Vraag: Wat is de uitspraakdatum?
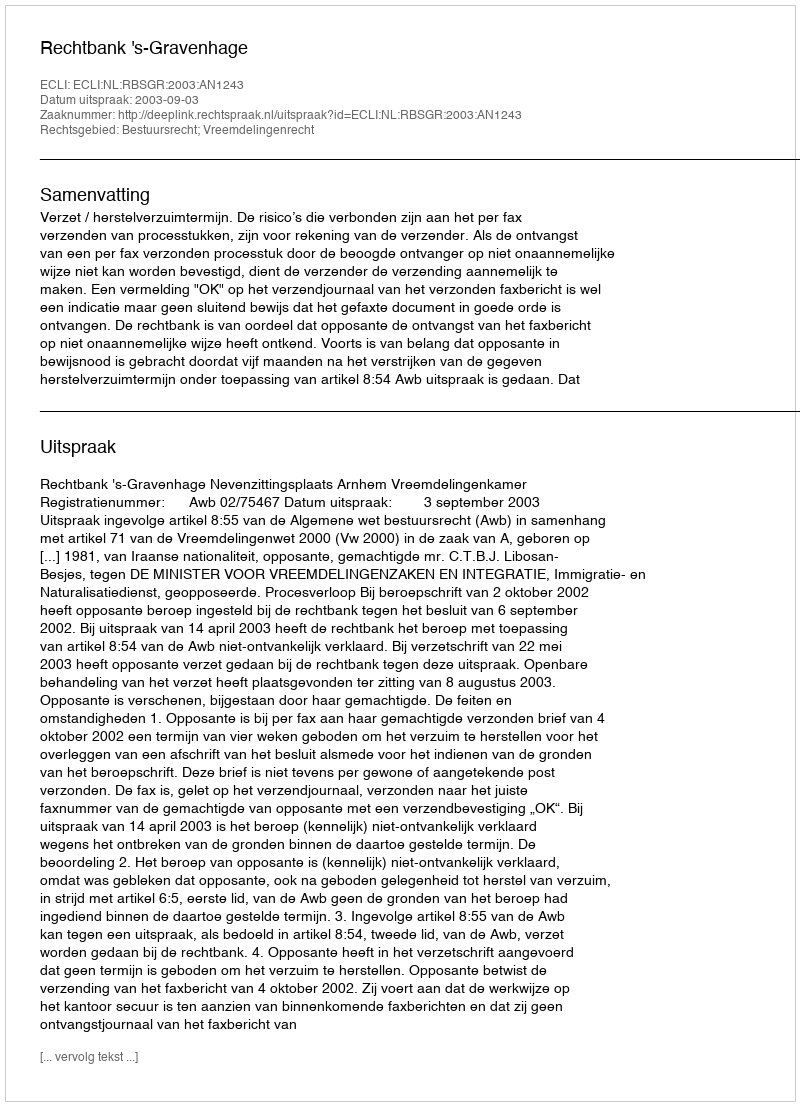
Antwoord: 2003-09-03